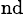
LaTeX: ^\mathrm{nd}